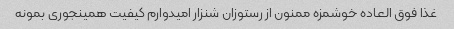
غذا فوق العاده خوشمزه ممنون از رستوزان شنزار امیدوارم کیفیت همینجوری بمونه